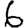
Digit: 6